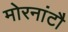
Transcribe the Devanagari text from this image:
मोरनांटौ